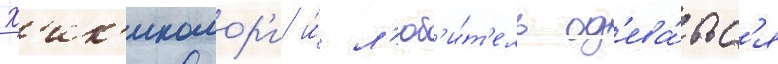
Х'ик'икомор'и и́ л'юб'и́т'ель од'ева́тьс'я